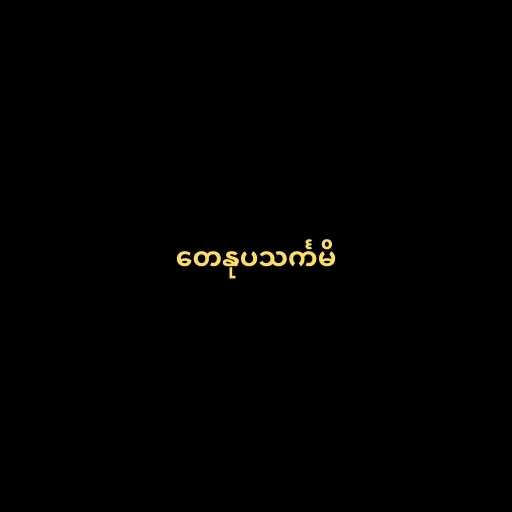
တေနုပသင်္ကမိ